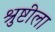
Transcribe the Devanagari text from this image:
श्रुष्टीला